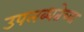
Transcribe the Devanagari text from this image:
उपलब्धतेच्या